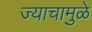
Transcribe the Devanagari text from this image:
ज्याचामुळे